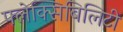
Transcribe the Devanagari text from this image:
फ्लेक्सिबिलिटी